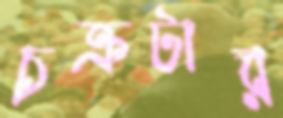
চক্রটার